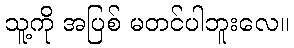
သူ့ကို အပြစ် မတင်ပါဘူးလေ။